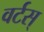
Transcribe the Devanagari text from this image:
वर्टस्